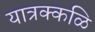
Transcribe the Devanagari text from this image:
यात्रक्कळि